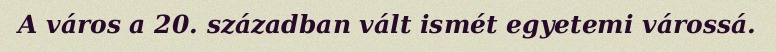
A város a 20. században vált ismét egyetemi várossá.